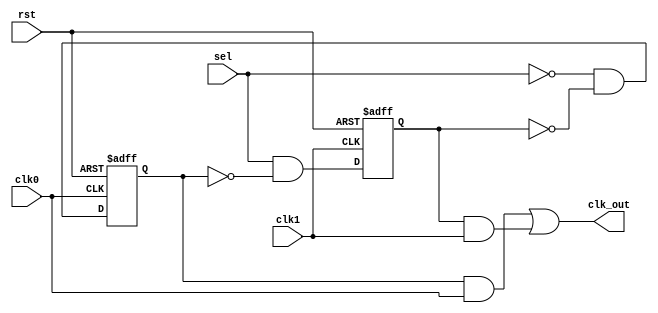
module clk_switch (
	input clk0	,    // Clock
	input clk1  ,
	input rst	,  // Asynchronous reset active low
	input sel   ,

	output reg clk_out
);
	wire d0 ;
	wire d1 ;
	reg q0_neg_r ;
	reg q1_neg_r ;

	assign d0 = ~sel && ~q1_neg_r ;
	assign d1 =  sel && ~q0_neg_r ;

	always @(negedge clk0 or negedge rst) begin
		if (rst == 1'b0) begin
			q0_neg_r <= 1'b0 ;
		end
		else begin
			q0_neg_r <= d0 ;
		end
	end

	always @(negedge clk1 or negedge rst) begin
		if (rst == 1'b0) begin
			q1_neg_r <= 1'b0 ;
		end
		else begin
			q1_neg_r <= d1 ;
		end
	end

	always @(*) begin
		clk_out = q0_neg_r && clk0 || q1_neg_r && clk1 ;
	end

endmodule